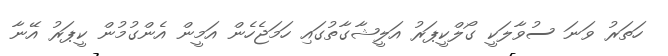
ހަތަރު ވަނަ ސުވާލަކީ ގޯލްކީޕަރު އަލީޝާގާތުގައި ހަމަޖެހެން އަމީން އެންގުމުން ކީޕަރު އޭނާ